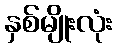
နှစ်မျိုးလုံး